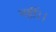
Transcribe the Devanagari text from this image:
नहीं।।